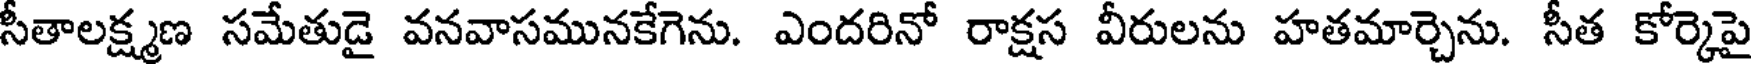
సీతాలక్ష్మణ సమేతుడై వనవాసమునకేగెను. ఎందరినో రాక్షస వీరులను హతమార్చెను. సీత కోర్కెపై